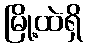
မြို့ထဲရှိ